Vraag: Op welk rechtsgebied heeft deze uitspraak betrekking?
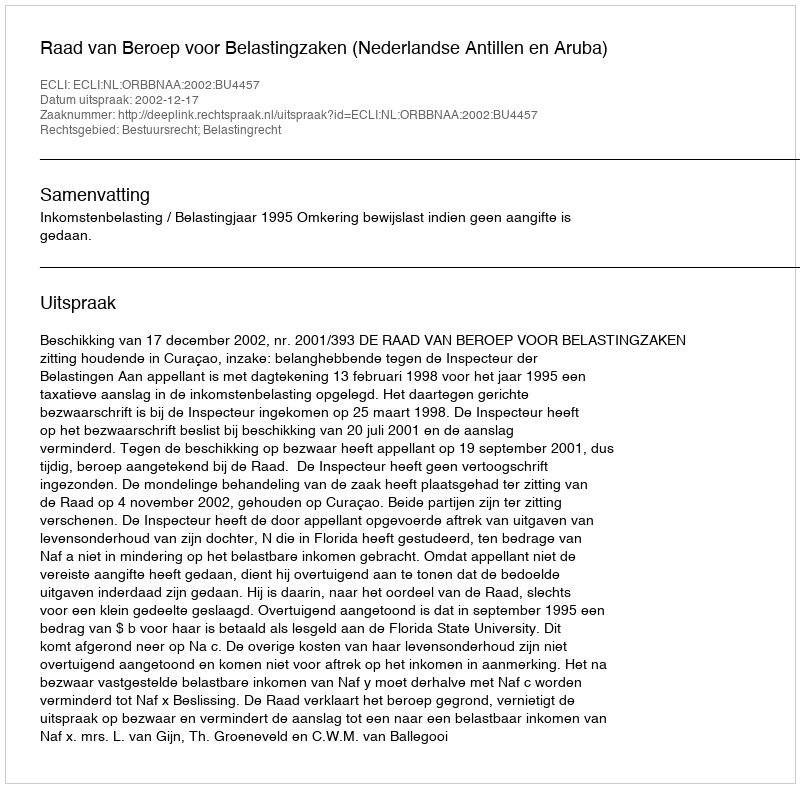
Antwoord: Bestuursrecht; Belastingrecht